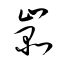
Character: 嵓